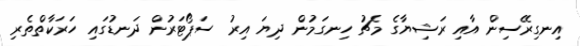
އިނގިރޭސިން އާއި ރަޝިޔާގެ މެޗު ހިނގަމުން ދިޔަ އިރު ސަޕޯޓަރުން ދަނޑުގައި ހަރަކާތްތެރި